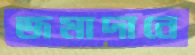
জমাদানে